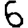
Digit: 6